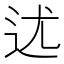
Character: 𨑫